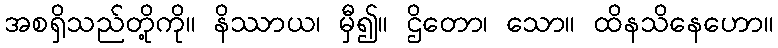
အစရှိသည်တို့ကို။ နိဿာယ၊ မှီ၍။ ဌိတော၊ သော။ ထိနသိနေဟော။